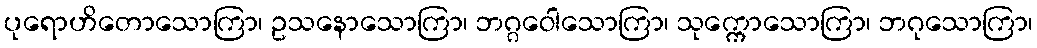
ပုရောဟိတောသောကြာ၊ ဥသနောသောကြာ၊ ဘဂ္ဂဝေါသောကြာ၊ သုက္ကောသောကြာ၊ ဘဂုသောကြာ၊